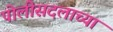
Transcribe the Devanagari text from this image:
पोलीसदलाच्या